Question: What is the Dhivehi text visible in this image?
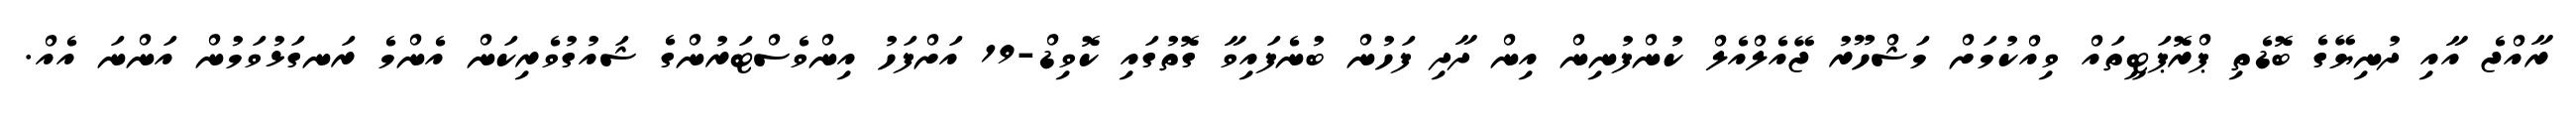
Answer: ރާއްޖެ އާއި ދުނިޔޭގެ ބޮޑެތި ޕްރޮޕަޓީތައް ވިއްކުމަށް މަޝްހޫރު ޖޭއެލްއެލް ކުންފުނިން އިން ދާދި ފަހުން ބުނެފައިވާ ގޮތުގައި ކޮވިޑް-19 އަށްފަހު އިންވެސްޓަރުންގެ ޝައުގުވެރިކަން އެންމެ ރަނގަޅުވަމުން އަންނަ އެއް.